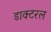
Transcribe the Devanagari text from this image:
डाक्टरल